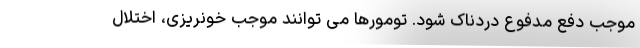
موجب دفع مدفوع دردناک شود. تومورها می توانند موجب خونریزی، اختلال